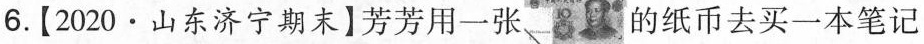
6.[2020·山东济宁期末]芳芳用一张 的纸币去买一本笔记